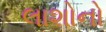
લાશોનો